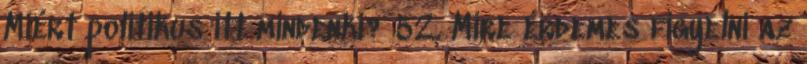
Miért politikus itt mindenki? 52. Mire érdemes figyelni az